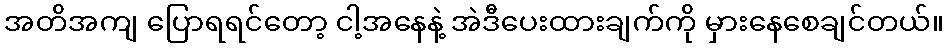
အတိအကျ ပြောရရင်တော့ ငါ့အနေနဲ့ အဲဒီပေးထားချက်ကို မှားနေစေချင်တယ်။